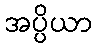
အပ္ပိယာ